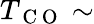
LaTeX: T_{\mathrm{~C~O~}}\sim